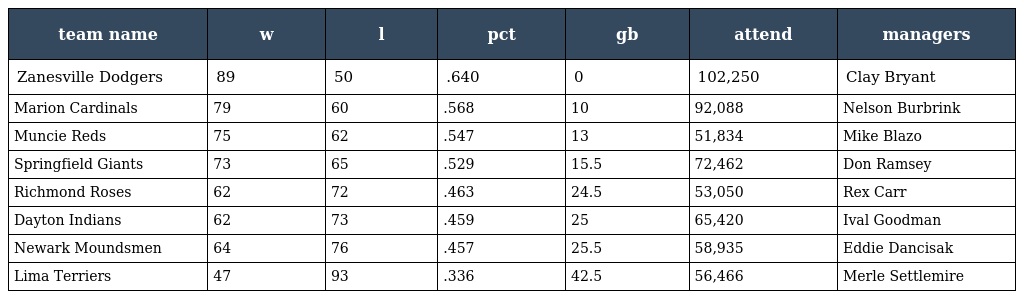
| team name | w | l | pct | gb | attend | managers |
 | --- | --- | --- | --- | --- | --- | --- |
 | Zanesville Dodgers | 89 | 50 | .640 | 0 | 102,250 | Clay Bryant |
 | Marion Cardinals | 79 | 60 | .568 | 10 | 92,088 | Nelson Burbrink |
 | Muncie Reds | 75 | 62 | .547 | 13 | 51,834 | Mike Blazo |
 | Springfield Giants | 73 | 65 | .529 | 15.5 | 72,462 | Don Ramsey |
 | Richmond Roses | 62 | 72 | .463 | 24.5 | 53,050 | Rex Carr |
 | Dayton Indians | 62 | 73 | .459 | 25 | 65,420 | Ival Goodman |
 | Newark Moundsmen | 64 | 76 | .457 | 25.5 | 58,935 | Eddie Dancisak |
 | Lima Terriers | 47 | 93 | .336 | 42.5 | 56,466 | Merle Settlemire |